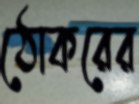
ঠোকরের